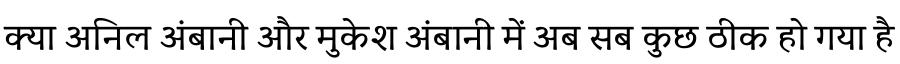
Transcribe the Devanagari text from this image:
क्या अनिल अंबानी और मुकेश अंबानी में अब सब कुछ ठीक हो गया है